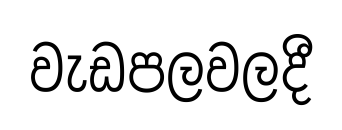
වැඩපලවලදී